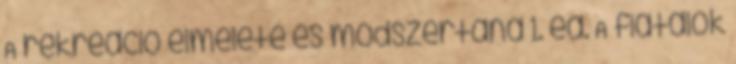
A rekreáció elmélete és módszertana 1. ea. A fiatalok